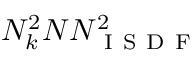
N _ { k } ^ { 2 } N N _ { \mathrm { ~ I ~ S ~ D ~ F ~ } } ^ { 2 }